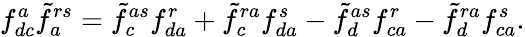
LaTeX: f_{dc}^{a}\tilde{f}_{a}^{rs}=\tilde{f}_{c}^{as}f_{da}^{r}+\tilde{f}_{c}^{ra}f_{da}^{s}-\tilde{f}_{d}^{as}f_{ca}^{r}-\tilde{f}_{d}^{ra}f_{ca}^{s}.